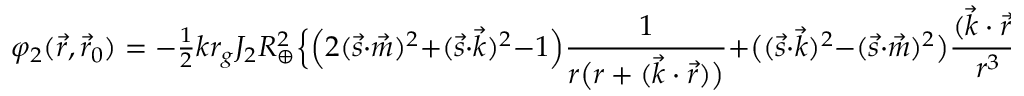
\varphi _ { 2 } ( \vec { r } , \vec { r } _ { 0 } ) = - { \textstyle \frac { 1 } { 2 } } k r _ { g } J _ { 2 } R _ { \oplus } ^ { 2 } \Big \{ \Big ( 2 ( { \vec { s } } \cdot { \vec { m } } ) ^ { 2 } + ( { \vec { s } } \cdot { \vec { k } } ) ^ { 2 } - 1 \Big ) \frac { 1 } { r \big ( r + ( { \vec { k } } \cdot { \vec { r } } ) \big ) } + \big ( ( { \vec { s } } \cdot { \vec { k } } ) ^ { 2 } - ( { \vec { s } } \cdot { \vec { m } } ) ^ { 2 } \big ) \frac { ( \vec { k } \cdot \vec { r } ) } { r ^ { 3 } } + 2 ( { \vec { s } } \cdot { \vec { m } } ) ( { \vec { s } } \cdot { \vec { k } } ) \frac { b } { r ^ { 3 } } \Big \} \Big | _ { r _ { 0 } } ^ { r } ,